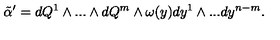
{ \tilde { \alpha } } ^ { \prime } = d Q ^ { 1 } \wedge . . . \wedge d Q ^ { m } \wedge \omega ( y ) d y ^ { 1 } \wedge . . . d y ^ { n - m } .